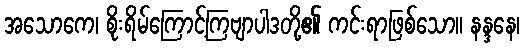
အသောကေ၊ စိုးရိမ်ကြောင့်ကြဗျာပါဒတို့၏ ကင်းရာဖြစ်သော။ နန္ဒနေ၊